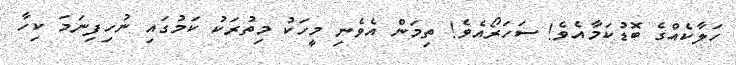
ހަލާކެއްގެ ބޮޑުކަމާއެވެ! ސަހަރޯއެވެ! ތިމަން އެވެނި މީހަކު މިތުރަކު ކަމުގައި ނުހިފިނަމަ ކިހާ